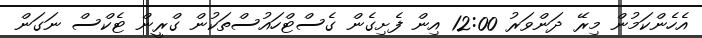
އެހެންކަމުން މިރޭ ދަންވަރު 12:00 އިން ފެށިގެން ގެސްޓްހައުސްތަކުން ގްރީން ޓެކްސް ނަގަން